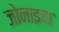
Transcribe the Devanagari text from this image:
जोनाइचा